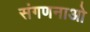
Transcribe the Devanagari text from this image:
संगणनाओ